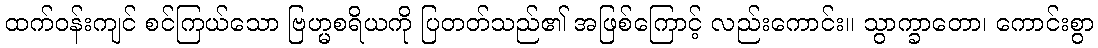
ထက်ဝန်းကျင် စင်ကြယ်သော ဗြဟ္မစရိယကို ပြတတ်သည်၏ အဖြစ်ကြောင့် လည်းကောင်း။ သွာက္ခာတော၊ ကောင်းစွာ